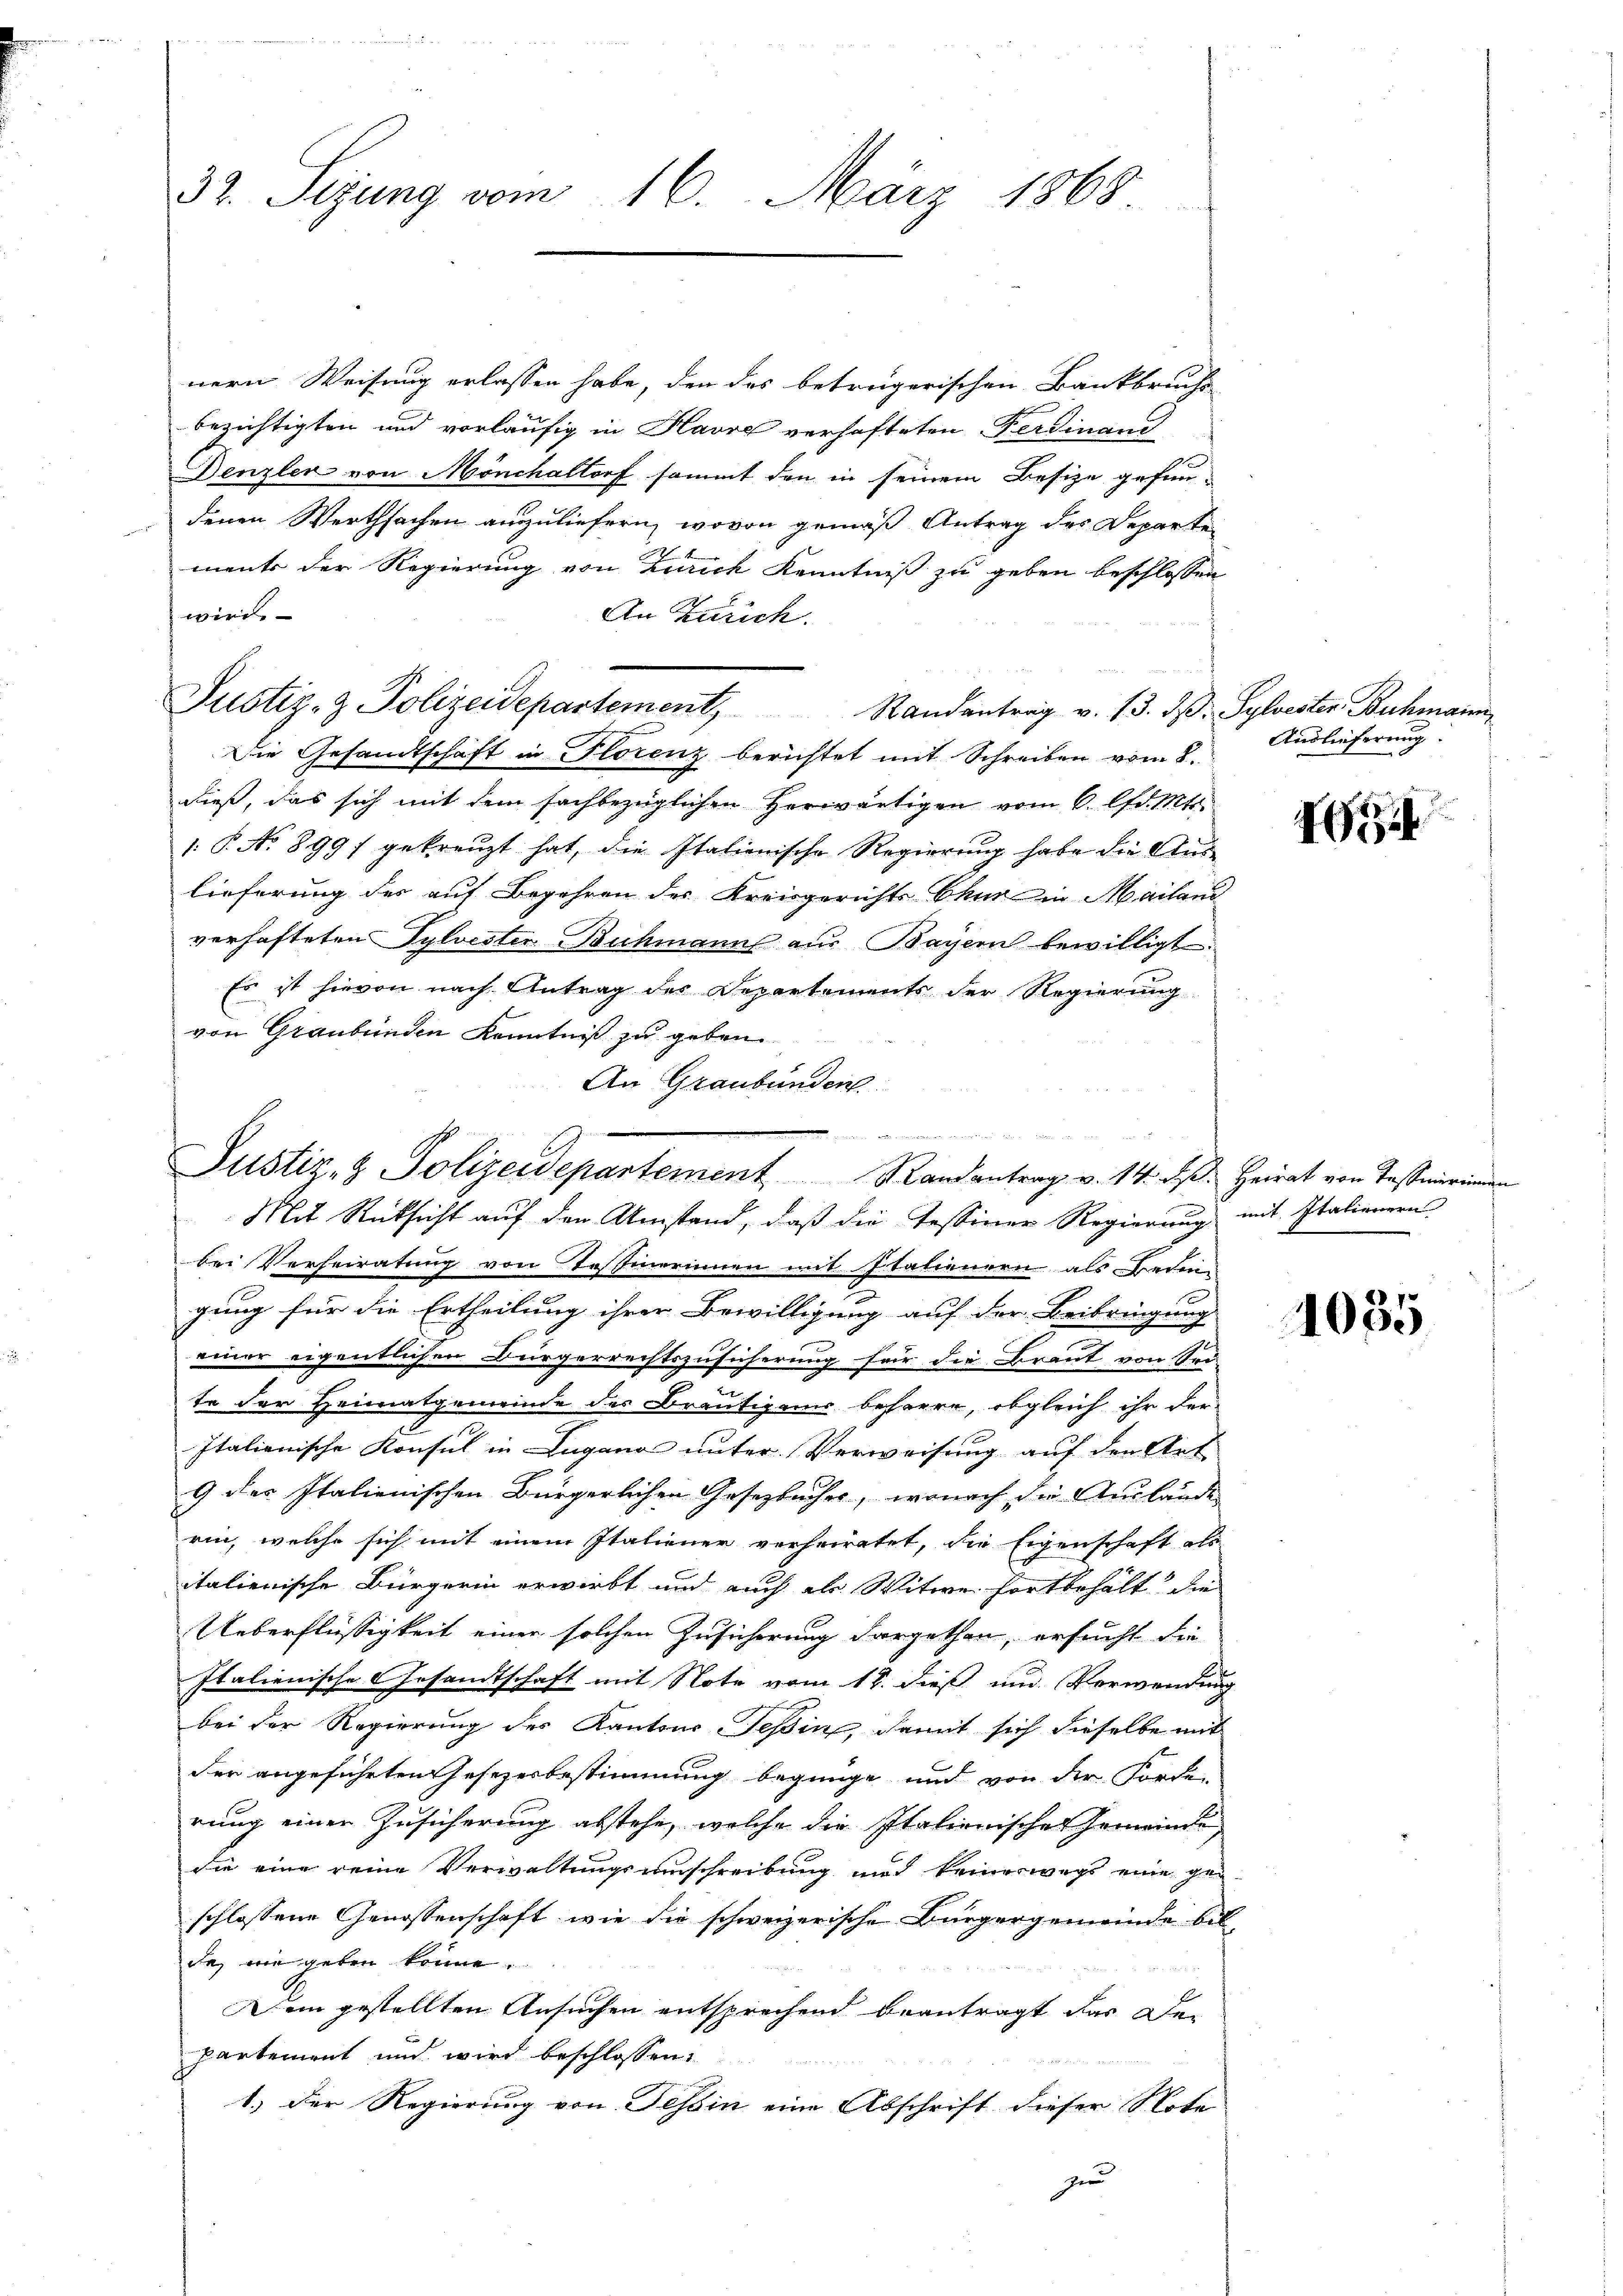
nern Weisung erlassen habe, den das betrügerischen Bankbruche
bezichtigten und vorläufig in Havre verhafteten Ferdinanz
Denzler von Mönchaltorf sammt den in seinem Besize gefun-
denen Werthsachen auszuliefern, wovon gemäß Antrag des Departen
ments der Regierung von Zürich Kenntniß zu geben beschlossen
wird.
Die Gesandtschaft in Florenz berichtet mit Schreiben vom 8.
dieß, das sich mit dem sachbezüglichen herwärtigen vom 6. d. Mt.
1.P. No 899) gekreuzt hat, die Italienische Regierung habe die Auslieferung des auf Begehren des Kreisgerichts Chur in Mailand
verhafteten Sylvesten Buchmann aus Bayern bewilligt.
Es ist hievon nach Antrag des Departements der Regierung
von Graubünden Kenntniß zu geben
An Graubünden

32. Sezung vom 16. März 1868

An Zürich.
Justiz- & Polizeidepartement, Randantrag v. 13. dβ. Sylvester Buchmann

Justiz- & Polizeidepartement Randantrag v. 14. ds. Heirat von Tessierinnen
Mit Rücksicht auf den Umstand, daß die Tessiner Regierung mit Italienern

Auslieferung.

bei Verheiratung von Testinerinnen mit Italienern als Beden
gung für die Ertheilung ihrer Bewilligung auf der Beibringung
einer eigentlichen Bürgerrechtszusicherung für die Braut von Sei-
te der Heimatgemeinde des Bräutigams beharre, obgleich ihr der
Italienische Konsul in Lugano unter Verweisung auf den Art
9 des Italienischen Bürgerlichen Gesetzbucher, wonach die Auslände
rin, welche sich mit einem Italiener verheiratet, die Eigenschaft als
italienische Bürgerin erwirbt und auch als Witwe fortbehält die
Ueberflüssigkeit einer solchen Zusicherung dargethan, ersucht die
Italienische Gesandtschaft mit Note vom 18. dieß um Verwendung
bei der Regierung des Kantons Teßin, damit sich dieselbe mit
der angeführten Gesezesbestimmung begnüge und von der Forden
rung einer Zusicherung abstehe, welche die Italienisches Gemeinde
die eine reine Verwaltungsumschreibung und keineswegs eine geschlossene Genossenschaft, wie die schweizerische Bürgergemeinde bil
de, wie geben könne.
Dem gestellten Ansuchen entsprechend beantragt das Departement und wird beschlossen:
1.) Der Regierung von Tessin eine Abschrift dieser Note
zun

2

1085